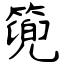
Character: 篼